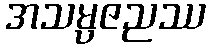
အသမ္ပဇညဿ